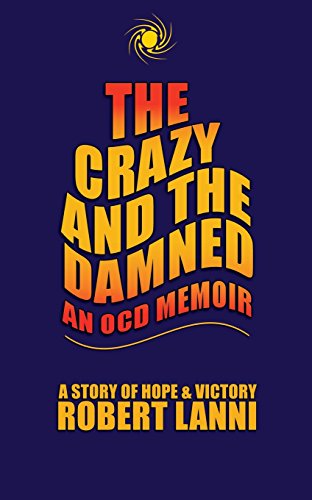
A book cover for The Crazy and The Damned: An OCD Memoir: A Story of Hope & Victory; Robert Lanni; Health, Fitness & Dieting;